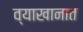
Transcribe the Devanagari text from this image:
व्याखानात